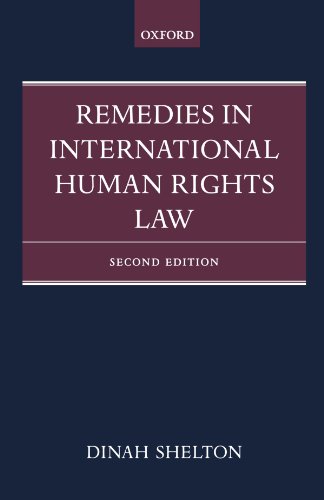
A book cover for Remedies in International Human Rights Law; Dinah Shelton; Law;